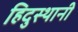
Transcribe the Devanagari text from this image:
हिदुस्थानी